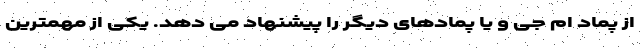
از پماد ام جی و یا پمادهای دیگر را پیشنهاد می دهد. یکی از مهمترین